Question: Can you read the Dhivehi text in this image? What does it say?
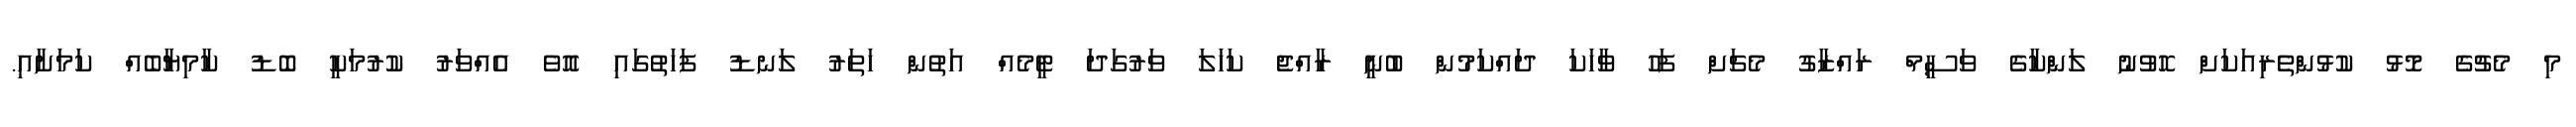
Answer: މި މެޗުގެ މޮޅު ކުޅުންތެރިއަކަށް ހޮވުނު ލަންކާގެ ވަސީމް ރައްޒާގު މެޗަށް ފަހު ވާހަކަ ދައްކަމުން ބުނީ ރާއްޖެ ކަހަލަ ވަރުގަދަ ޓީމެއް އަތުން ހަތަރު ލަނޑު ފަހަތުގައި އޮވެ އެއްވަރު ކުރުމަކީ ބޮޑު ކާމިޔާބެއް ކަމަށާއި.